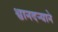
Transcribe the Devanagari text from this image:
श्वानदर्‍याने